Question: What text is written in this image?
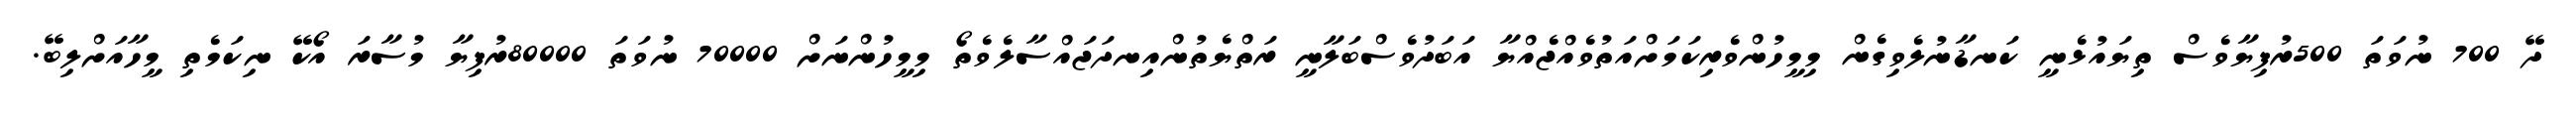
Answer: ދޭ 700 ނުވަތަ 500ރުފިޔާވެސް ތިޔައުޅެނީ ކަނޑާނުލެވިގެން މިމީހުންވެރިކަމަށްއަތުވެއްޖެއްޔާ އަބަދުވެސްބަލާނީ ރަތްޔެތުންއިނދަޖައްސާލެވެތޯ މިމީހުންނަށް 70000 ނުވަތަ 80000ރުފިޔާ މުސާރަ އޯކޭ ނިކަމެތި މީހާއަށްލިބޭ.